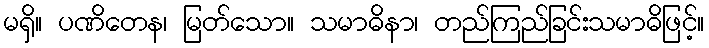
မရှိ။ ပဏိတေန၊ မြတ်သော။ သမာဓိနာ၊ တည်ကြည်ခြင်းသမာဓိဖြင့်။